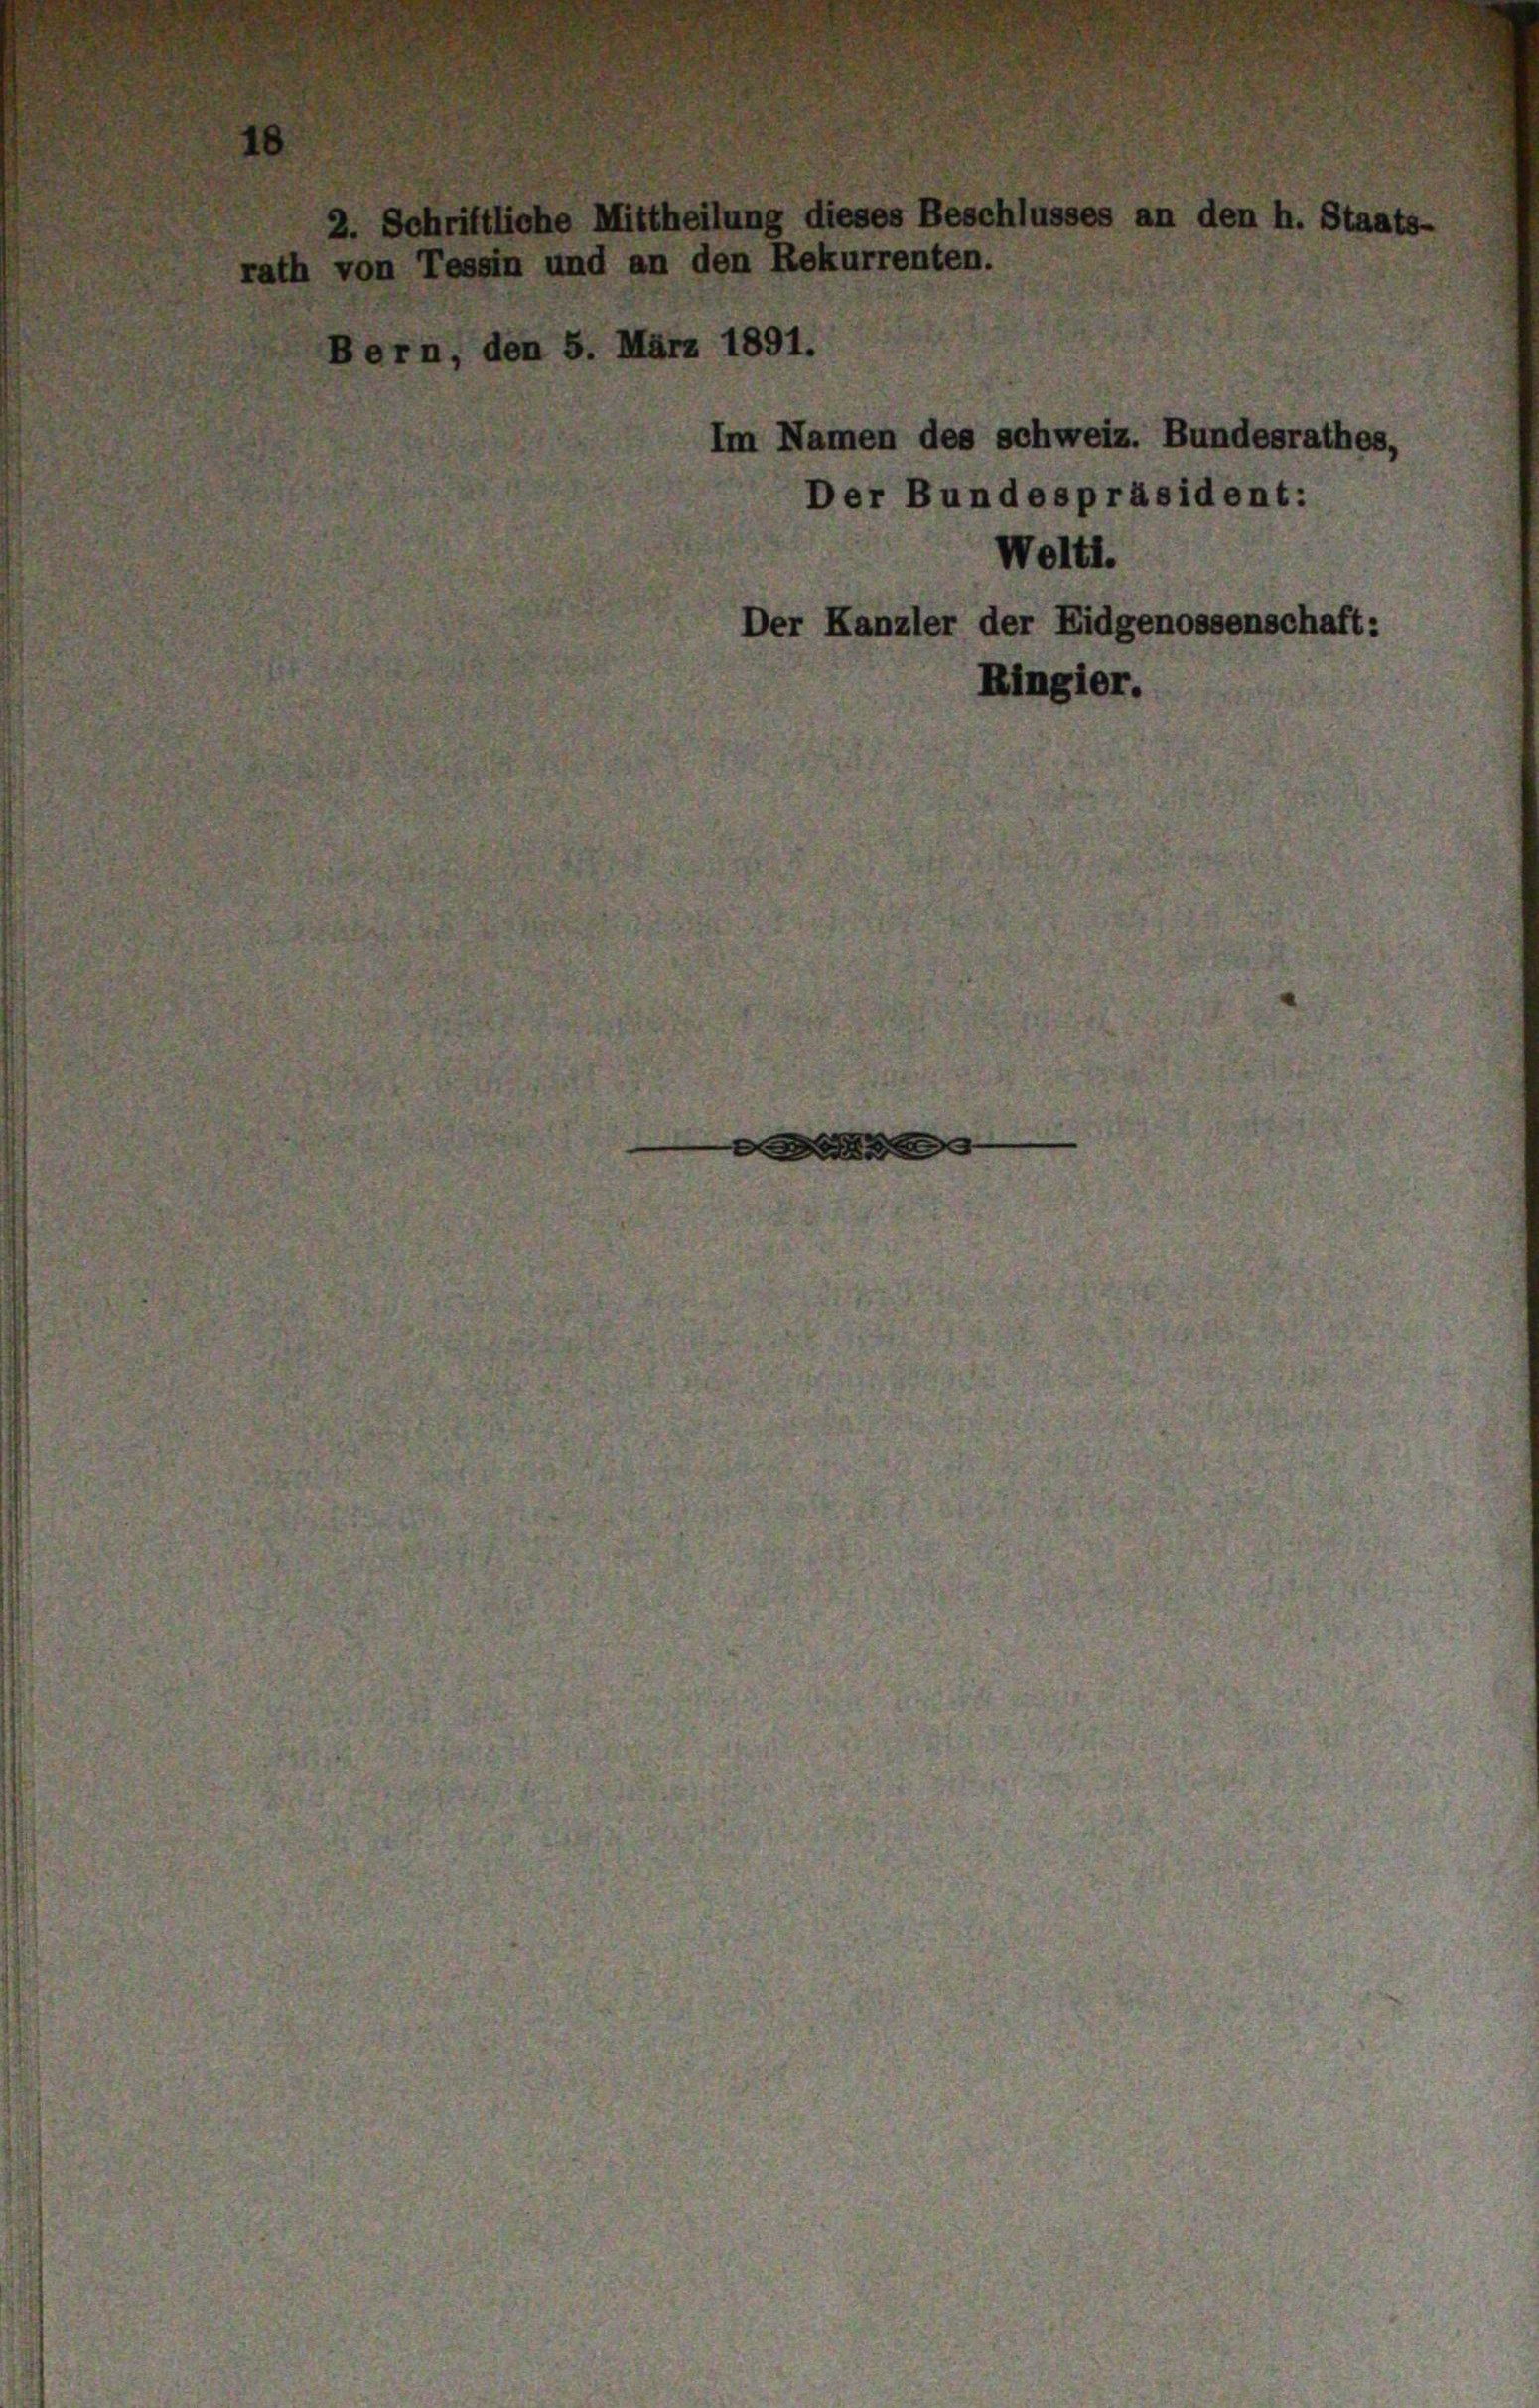
Bern, den 5. März 1891.

2. Schriftliche Mittheilung dieses Beschlusses an den h. Staat
von Tessin und an den Rekurrenten.

Im Namen des schweiz. Bundesrathes,
Der Bundespräsident:
Welti.
Der Kanzler der Eidgenossenschaft:
Ringier.